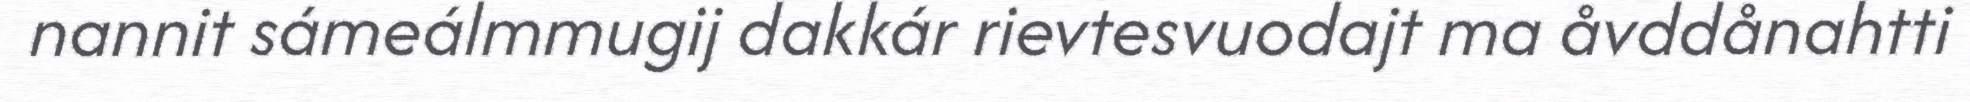
nannit sámeálmmugij dakkár rievtesvuodajt ma åvddånahtti